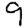
Digit: 9